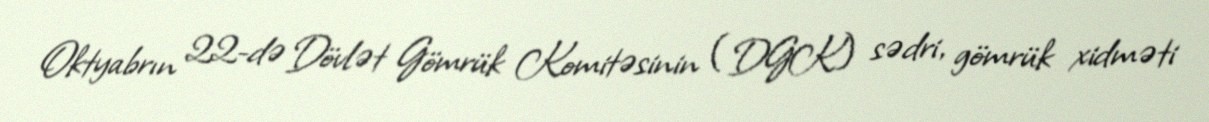
Oktyabrın 22-də Dövlət Gömrük Komitəsinin (DGK) sədri, gömrük xidməti